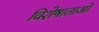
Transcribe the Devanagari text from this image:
विशेषाताओं